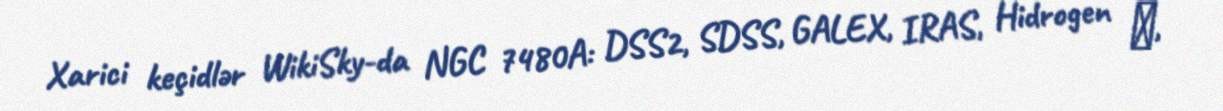
Xarici keçidlər WikiSky-da NGC 7480A: DSS2, SDSS, GALEX, IRAS, Hidrogen α,